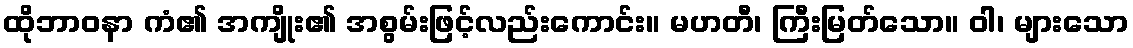
ထိုဘာဝနာ ကံ၏ အကျိုး၏ အစွမ်းဖြင့်လည်းကောင်း။ မဟတီ၊ ကြီးမြတ်သော။ ဝါ၊ များသော